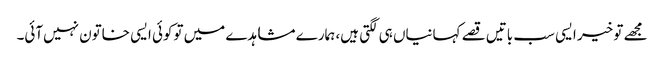
مجھے تو خیر ایسی سب باتیں قصے کہانیاں ہی لگتی ہیں، ہمارے مشاہدے میں توکوئی ایسی خاتون نہیں‌آئی۔